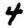
Digit: 4